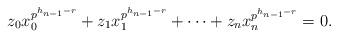
LaTeX: \begin{align*}z_0x_0^{p^{h_{n-1}-r}}+z_1x_1^{p^{h_{n-1}-r}}+\cdots+z_nx_n^{p^{h_{n-1}-r}}=0.\end{align*}